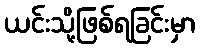
ယင်းသို့ဖြစ်ရခြင်းမှာ